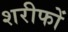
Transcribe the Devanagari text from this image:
शरीफों